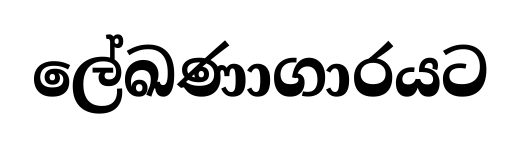
ලේඛණාගාරයට